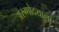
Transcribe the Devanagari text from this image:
अरुणोदयाला